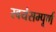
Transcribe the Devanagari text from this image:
स्वयंसम्पूर्ण